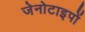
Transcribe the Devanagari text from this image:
जेनोटाइपों